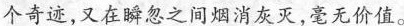
个奇迹，又在瞬忽之间烟消灰灭，毫无价值。